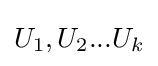
U_{1},U_{2}...U_{k}